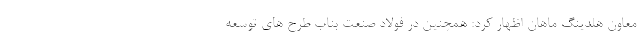
معاون هلدینگ ماهان اظهار کرد: همچنین در فولاد صنعت بناب طرح های توسعه